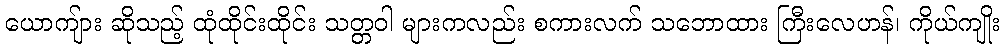
ယောကျ်ား ဆိုသည့် ထုံထိုင်းထိုင်း သတ္တဝါ များကလည်း စကားလက် သဘောထား ကြီးလေဟန်၊ ကိုယ်ကျိုး